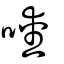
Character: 噯